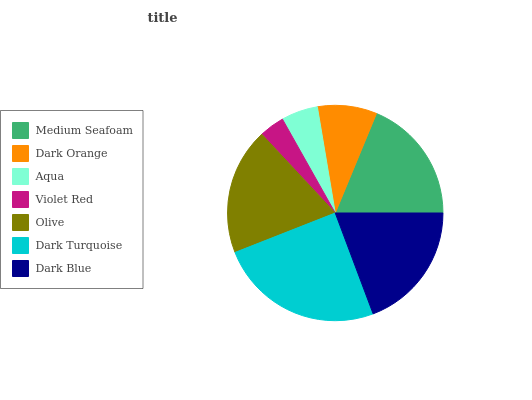
| Medium Seafoam | Dark Orange | Aqua | Violet Red | Olive | Dark Turquoise | Dark Blue |
 | --- | --- | --- | --- | --- | --- | --- |
 | 18.8% | 8.9% | 5.51% | 3.79% | 18.9% | 24.8% | 19.3% |